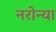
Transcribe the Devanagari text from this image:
नरोन्या